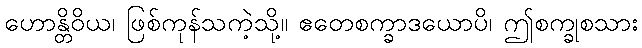
ဟောန္တိဝိယ၊ ဖြစ်ကုန်သကဲ့သို့။ ဧတေစက္ခာဒယောပိ၊ ဤစက္ခုစသား